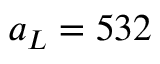
a _ { L } = 5 3 2